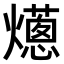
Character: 𤑢